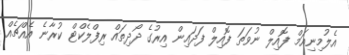
އެލުމިނިއަމް ފޮއިލް ނުވަތަ ފޮއިލް ފަދައިން އިރުގެ ދޯދިތައް ރިފްލެކްޓް ކުރާނެ އެއްޗެއް